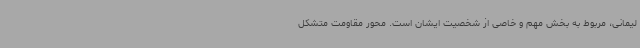
لیمانی، مربوط به بخش مهم و خاصی از شخصیت ایشان است. محور مقاومت متشکل